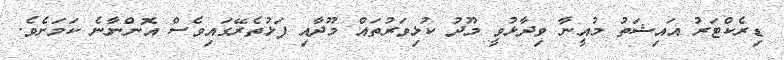
ޑިރެކްޓަރު އައިޝަތު މުއީނާ ވިދާޅުވީ މޫދު ކުޅިވަރުތައް މޫދާއި ފަޅުތެރޭގައިވެސް އޮންނާނެ ކަމަށެވެ.